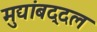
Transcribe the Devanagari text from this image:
मुद्यांबद्दल